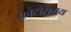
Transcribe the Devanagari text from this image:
फोटोसमय